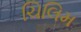
ચિલિમ